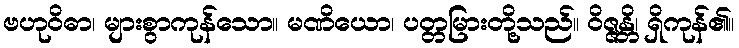
ဗဟုဝိဓာ၊ များစွာကုန်သော။ မဏိယော၊ ပတ္တမြားတို့သည်။ ဝိဇ္ဇန္တိ၊ ရှိကုန်၏။